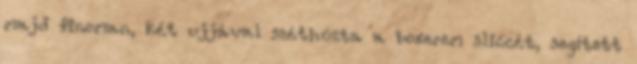
majd finoman, két ujjával széthúzta a boxerem sliccét, segített